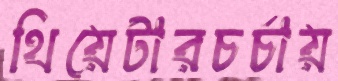
থিয়েটারচর্চায়